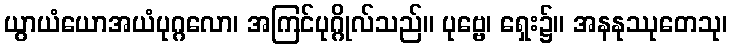
ယွာယံယောအယံပုဂ္ဂလော၊ အကြင်ပုဂ္ဂိုလ်သည်။ ပုဗ္ဗေ၊ ရှေး၌။ အနနုဿုတေသု၊